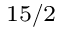
_ { 1 5 / 2 }